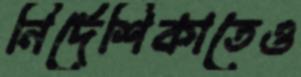
নির্দেশিকাতেও